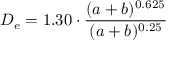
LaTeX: D _ { e } = 1 . 3 0 \cdot { \frac { ( a + b ) ^ { 0 . 6 2 5 } } { ( a + b ) ^ { 0 . 2 5 } } }